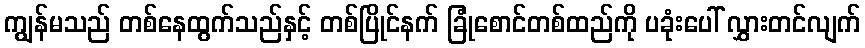
ကျွန်မသည် တစ်နေထွက်သည်နှင့် တစ်ပြိုင်နက် ခြုံစောင်တစ်ထည်ကို ပခုံးပေါ် လွှားတင်လျက်